Report on sanitation, dispensaries, and jails in Rajputana for 1919, and on vaccination for the year 1919-1920 - 1919-1920
Year: 1919
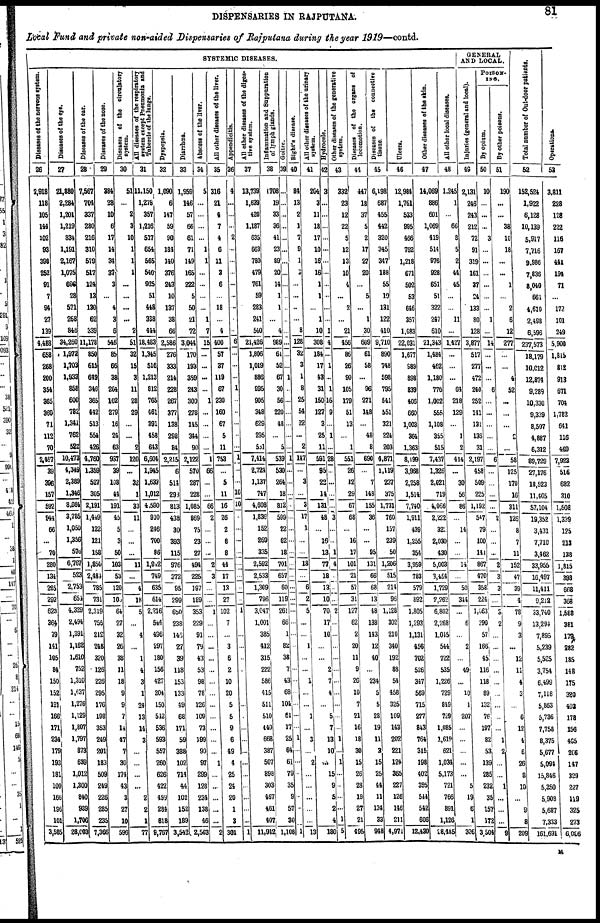
DISPENSARIES IN RAJPUTANA.
81
Local Fund and private non-aided Dispensaries of Rajputana during the year 1919—contd.
SYSTEMIC DISEASES.
Diseases of the nervous system.
28
2,918
118
105
144
102
93
398
252
91
7
94
27
139
4,488
658
268
200
354
365
369
71
112
70
2,467
39
396
157
592
944
66
...
70
280
134
285
292
623
364
79
141
105
84
150
152
191
166
171
234
179
193
181
109
166
196
101
3,585
Diseases of the eye.
27
21,380
2,284
1,201
1,219
834
1,191
2,167
1,075
696
28
571
268
846
34,260
1,972
1,703
1,933
858
600
782
1,341
762
522
10,473
4,349
2,389
1,346
8,084
3,785
1,050
1,356
576
6,767
523
2,753
654
4,329
2,494
1,391
1,162
1,610
752
1,310
1,637
1,276
1,129
1,807
1,797
873
689
1,012
1,300
840
939
1,706
28,603
Diseases of the ear.
28
7,567
704
337
280
216
310
579
517
124
13
130
62
339
11,178
850
615
649
346
365
442
513
554
426
4,760
1,359
527
305
2,191
1,449
122
121
158
1,850
2,484
785
731
2,319
756
212
248
320
126
226
295
176
198
353
219
201
183
509
249
226
285
235
7,366
Diseases of the nose.
29
384
28
10
6
17
14
34
37
3
...
4
3
6
546
85
66
38
264
102
279
16
24
63
937
39
108
44
191
45
5
3
50
103
53
120
108
64
27
32
26
38
11
18
9
9
7
14
17
7
30
174
43
3
27
10
596
Diseases of the circulatory
system.
30
51
...
2
3
10
1
1
1
...
...
...
...
2
51
32
15
3
11
28
29
...
...
2
120
...
32
1
33
11
...
...
...
11
...
4
18
5
...
4
...
1
4
3
1
24
13
14
3
...
...
...
...
2
2
1
77
All diseases of the respiratory
system except Pneumonia and
Tubercle of the lungs.
31
11,150
1,278
357
1,216
517
654
565
540
925
51
448
338
444
18,483
1,345
516
1,213
812
765
461
391
458
643
6,604
1,945
1,633
1,012
4,590
910
246
700
36
1,942
749
635
614
2,216
544
496
297
180
156
427
204
150
542
536
593
557
260
626
422
459
284
618
9,767
Dyspepsia.
32
1,090
6
117
59
90
184
140
376
243
10
137
38
66
2,586
276
333
214
228
267
377
138
298
84
2,215
6
514
298
813
438
30
393
115
976
372
95
299
650
238
146
27
39
118
153
133
49
68
171
59
388
102
714
44
102
152
189
3,542
Diarrhœa.
33
1,959
146
57
66
61
71
149
165
222
5
50
21
72
3,044
170
193
359
243
300
278
145
344
90
2,122
570
287
228
1,085
869
75
23
27
494
225
197
189
353
229
91
79
43
53
98
78
126
109
73
199
90
97
299
128
234
138
46
2,563
Abscess of the liver.
34
5
...
...
...
...
1
1
...
...
...
...
1
7
15
...
...
...
...
1
...
...
...
...
1
66
...
...
66
2
...
...
...
2
3
...
...
1
...
...
...
...
...
...
...
...
...
...
...
...
1
...
...
...
...
...
2
All other diseases of the liver.
35
316
21
4
7
4
6
11
3
6
...
18
...
4
400
57
37
119
67
230
160
67
5
11
753
...
5
11
16
26
2
8
8
44
17
13
27
102
7
...
3
6
2
10
20
5
5
9
6
49
1
25
24
20
1
3
301
Appendicitis.
36
1
...
...
...
2
...
...
...
...
...
...
...
...
6
...
...
...
1
...
...
...
...
...
1
...
...
10
10
...
...
...
...
...
...
...
...
1
...
...
...
...
...
...
...
...
...
...
...
...
...
...
...
...
...
...
1
All other diseases of the diges-
tive system.
37
13,739
1,639
420
1,187
635
663
780
479
761
59
283
241
540
21,426
1,806
1,019
886
995
905
348
629
295
581
7,414
2,724
1,137
747
4,608
1,836
152
269
335
2,592
2,533
1,309
796
3,047
1,001
385
412
315
222
586
415
511
510
440
668
387
507
898
303
467
461
407
11,942
Inflammation and Suppuration
of lymph glands.
38
708
19
33
36
41
23
89
20
14
1
1
...
4
989
61
52
67
30
56
220
48
...
5
539
530
264
18
812
599
22
62
18
701
657
60
119
261
66
1
82
38
7
43
68
104
61
17
25
64
61
79
35
9
57
30
1,108
Goitre.
39
...
...
...
...
...
...
...
...
...
...
...
...
...
...
...
...
1
...
...
...
...
...
...
1
...
...
...
...
...
...
...
...
...
...
...
...
...
...
...
...
...
...
...
...
...
...
...
1
...
...
...
...
...
...
...
1
Bight's disease.
40
84
13
2
1
7
9
1
3
...
...
...
...
8
128
32
3
1
8
25
54
22
...
2
147
...
3
...
3
17
1
...
...
18
...
6
2
5
...
...
1
...
...
1
...
...
1
...
3
...
2
...
...
...
...
...
13
All
other diseases of the urinary
system.
41
204
3
11
18
17
10
16
16
1
1
...
1
10
308
184
17
43
31
150
127
3
25
11
591
95
22
14
131
48
...
16
13
77
18
13
10
70
17
10
...
...
2
7
4
...
5
7
13
10
...
15
9
5
2
4
180
Hydrocele.
42
3
...
...
...
...
...
...
...
...
...
...
...
1
4
...
1
...
1
16
9
...
1
...
28
...
...
...
...
3
...
...
1
4
...
...
...
2
...
...
...
...
...
...
...
...
...
...
1
...
1
...
...
...
...
1
5
Other diseases of the generative
system.
43
332
23
12
22
5
12
13
10
4
...
2
...
21
456
86
26
90
105
179
51
13
...
1
551
26
12
29
67
68
...
16
17
101
21
57
31
127
62
2
20
11
9
26
10
7
21
16
18
30
15
26
28
19
27
21
495
Diseases of the organs of
locomotion.
44
447
18
37
5
2
17
27
20
...
5
...
1
30
609
61
58
...
96
271
148
...
48
8
690
...
7
148
155
36
...
...
95
131
66
68
13
48
138
143
12
40
...
234
5
5
28
19
11
3
15
25
44
11
134
33
948
Diseases of the connective
tissue.
45
6,198
687
155
442
320
345
347
188
55
10
131
122
410
9,710
890
748
598
795
541
551
321
224
203
4,871
1,119
237
375
1,731
760
157
239
50
1,206
515
214
96
1,128
302
210
340
192
88
54
458
325
109
143
202
221
124
365
227
126
146
211
4,971
Ulcers.
46
12,984
1,761
533
995
166
762
1,218
671
502
53
646
357
1,083
22,031
1,677
989
898
839
406
660
1,003
354
1,363
8,199
3,968
2,258
1,514
7,740
1,911
439
1,255
354
3,959
783
579
892
1,805
1,293
1,131
456
702
526
347
563
715
277
843
764
315
198
402
395
544
542
606
12,430
Other diseases of the skin.
47
14,069
886
601
1,069
419
514
976
928
651
51
322
247
610
21,343
1,484
462
1,180
776
1,002
555
1,108
355
515
7,437
1,326
2,021
719
4,066
2,222
321
2,030
430
5,003
3,454
1,729
2,262
6,802
2,268
1,045
544
722
535
1,226
729
849
729
1,085
1,619
621
1,034
5,173
721
766
891
1,126
28,485
All other local diseases.
48
1,215
1
...
66
8
5
2
44
45
...
...
11
...
1,427
...
...
...
64
218
129
...
1
2
414
...
30
56
86
...
14
...
...
14
...
50
344
...
6
...
2
...
19
...
10
1
207
...
...
...
...
...
5
19
6
1
306
GENERAL
AND LOCAL.
Injuries (general and local).
49
2,131
216
243
212
72
91
319
161
37
24
133
80
128
3,877
517
277
472
240
252
141
131
136
31
2,197
158
509
225
1,192
547
79
100
141
867
470
358
224
1,063
290
57
166
45
116
118
89
132
76
197
82
53
139
285
232
35
157
172
3,504
POISON¬
ING.
By opium.
50
10
...
...
...
3
...
...
...
...
...
...
1
...
14
...
...
...
6
...
...
...
...
...
6
...
...
...
...
2
...
...
...
2
3
3
...
3
2
...
...
...
...
...
...
...
...
...
1
2
...
...
1
...
...
...
9
By other poisons.
51
190
...
...
38
10
18
...
...
1
...
2
6
12
277
...
...
4
52
...
...
...
2
...
58
125
170
16
311
126
8
7
11
152
47
39
4
78
9
3
...
12
11
4
3
...
6
12
4
6
26
8
10
...
9
8
209
Total number of Out-door patients.
52
152,524
1,922
6,128
10,139
5,917
7,716
9,986
7,836
8,040
661
4,610
2,498
6,596
237,573
18,179
10,012
12,874
9,289
10,330
9,339
8,507
4,887
6,312
89,729
27,176
18,523
11,405
57,104
19,352
3,431
7,710
3,462
33,955
16,497
11,411
9,212
33,740
13,291
7,895
5,239
5,525
3,754
6,499
7,118
5,863
5,736
7,758
8,375
5,677
5,094
15,846
5,350
5,908
5,687
7,333
161, 691
Operations.
53
3,811
228
128
222
116
167
441
194
71
...
172
101
249
5,900
1,815
812
913
671
704
1,782
641
116
469
7,923
516
682
310
1,508
1,339
125
213
138
1,815
393
668
368
1,588
381
179
282
185
148
175
320
402
178
156
465
206
147
329
227
119
325
273
6,006
M